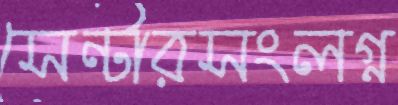
সেন্টারসংলগ্ন